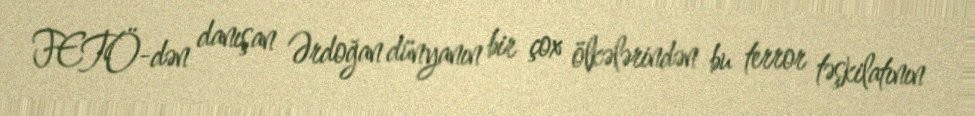
FETÖ-dən danışan Ərdoğan dünyanın bir çox ölkələrindən bu terror təşkilatının